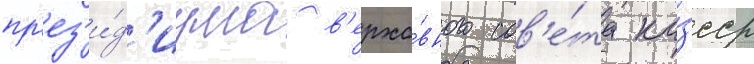
пр'ез'и́д'иума в'ерхо́вного сов'е́та ка́зсср